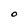
Character: O